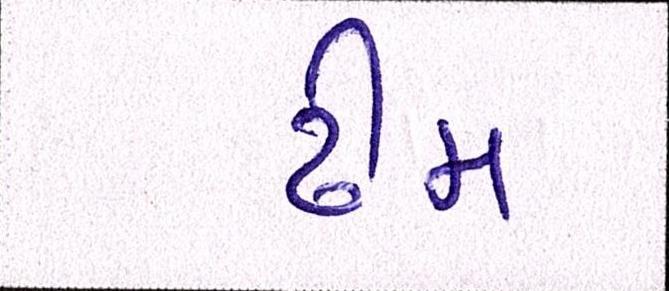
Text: ઢીમ